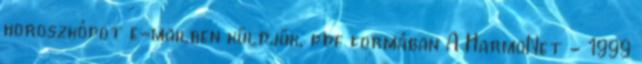
horoszkópot e-mailben küldjük, pdf formában A HarmoNet - 1999